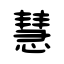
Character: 慧